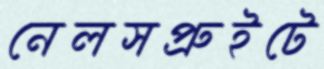
নেলসপ্রুইটে